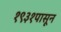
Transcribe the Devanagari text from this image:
१९३१पासून